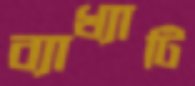
ব্যাখ্যাটি